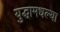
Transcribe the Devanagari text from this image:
युद्धामधल्या